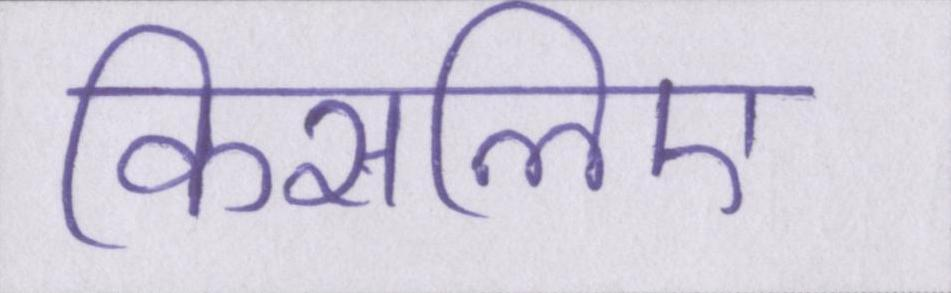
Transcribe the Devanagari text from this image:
किसलिए